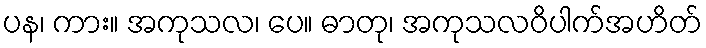
ပန၊ ကား။ အကုသလ၊ ပေ။ ဓာတု၊ အကုသလဝိပါက်အဟိတ်